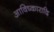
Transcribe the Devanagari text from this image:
आविष्कारादि